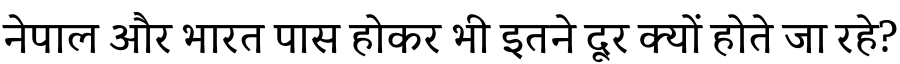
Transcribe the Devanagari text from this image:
नेपाल और भारत पास होकर भी इतने दूर क्यों होते जा रहे?